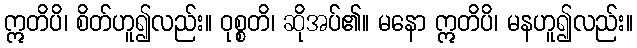
ဣတိပိ၊ စိတ်ဟူ၍လည်း။ ဝုစ္စတိ၊ ဆိုအပ်၏။ မနော ဣတိပိ၊ မနဟူ၍လည်း။